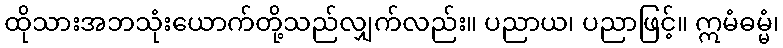
ထိုသားအဘသုံးယောက်တို့သည်လျှက်လည်း။ ပညာယ၊ ပညာဖြင့်။ ဣမံဓမ္မံ၊